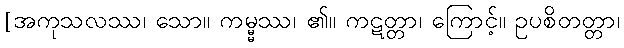
[အကုသလဿ၊ သော။ ကမ္မ္မဿ၊ ၏။ ကဋတ္တာ၊ ကြောင့်။ ဥပစိတတ္တာ၊